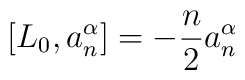
[L_{0},a^{\alpha}_{n}] =		-\frac{n}{2}a^{\alpha}_{n}